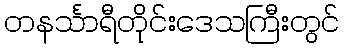
တနင်္သာရီတိုင်းဒေသကြီးတွင်